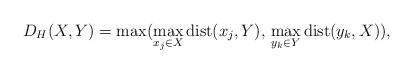
LaTeX: \begin{align*}D_H(X,Y)=\max(\max_{x_j\in X}\mathrm{dist}(x_j, Y),\, \max_{y_k\in Y}\mathrm{dist}(y_k,X)),\end{align*}